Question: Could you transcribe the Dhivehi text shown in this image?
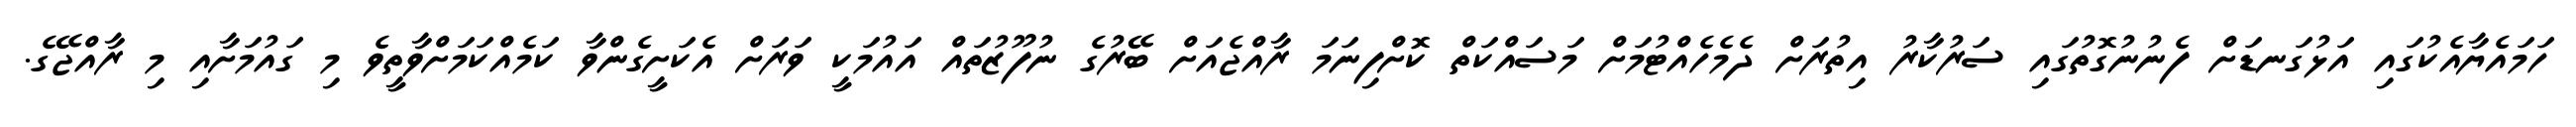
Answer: ހަމައެޔާއެކުގައި އަޅުގަނޑަށް ފެނުނުގޮތުގައި ސަރުކާރު އިތުރަށް ދެމެހެއްޓުމަށް މަސައްކަތް ކޮށްފިނަމަ ރާއްޖެއަށް ބޭރުގެ ނުފޫޒުތައް އައުމަކީ ވަރަށް އެކަށީގެންވާ ކަމެއްކަމަށްވާތީވެ މި ގައުމަށާއި މި ރާއްޖޭގެ.